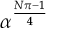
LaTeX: \alpha ^ { \frac { N \pi - 1 } { 4 } }